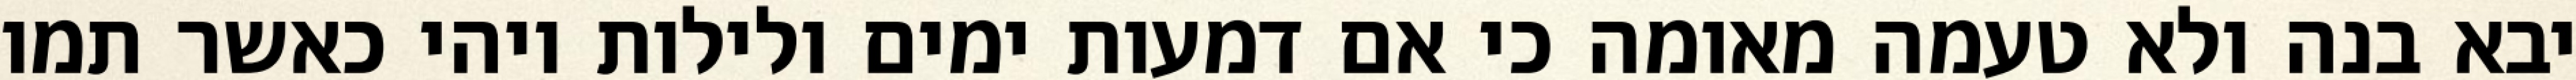
יבא בנה ולא טעמה מאומה כי אם דמעות ימים ולילות ויהי כאשר תמו